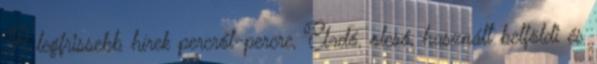
A legfrissebb hírek percről-percre, Eladó, olcsó, használt belföldi és